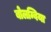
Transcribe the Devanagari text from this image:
बोलम्बिया